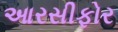
આરસીફોર